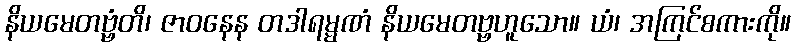
နိယမေတဗ္ဗံတိ၊ ဇာဝနေန တဒါရမ္မဏံ နိယမေတဗ္ဗဟူသော။ ယံ၊ အကြင်စကားကို။